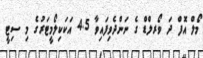
މޯލް އޮފް ދަ ވޯރލްޑް ގެ ނަންދެވިފައިވާ 4.5 އަކަކިލޯމީޓަރުގެ މި ސިޓީ